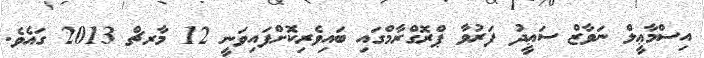
އިސްމާޢީލް ނަވާޒް ސަޢީދު ފަރުވާ ޕްރޮގްރާމްގައި ބައިވެރިކޮށްފައިވަނީ 12 މާރޗް 2013 ގައެވެ.